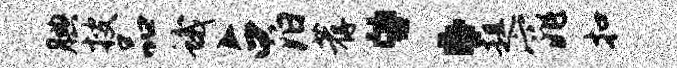
腆搜品蛾占泊荐：趄窕扣